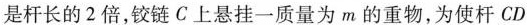
是杆长的2倍，铰链C上悬挂一质量为m的重物，为使杆CD